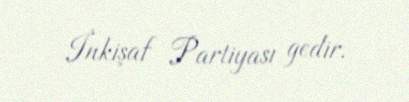
İnkişaf Partiyası gedir.